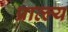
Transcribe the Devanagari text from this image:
प्राव्ल्य